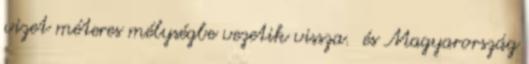
vizet méteres mélységbe vezetik vissza. és Magyarország